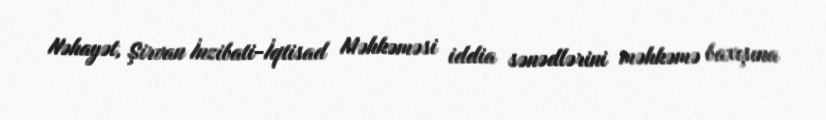
Nəhayət, Şirvan İnzibati-İqtisad Məhkəməsi iddia sənədlərini məhkəmə baxışına